Civil Veterinary Dept. Bombay admin report 1923-31 - 1923-1931
Year: 1923
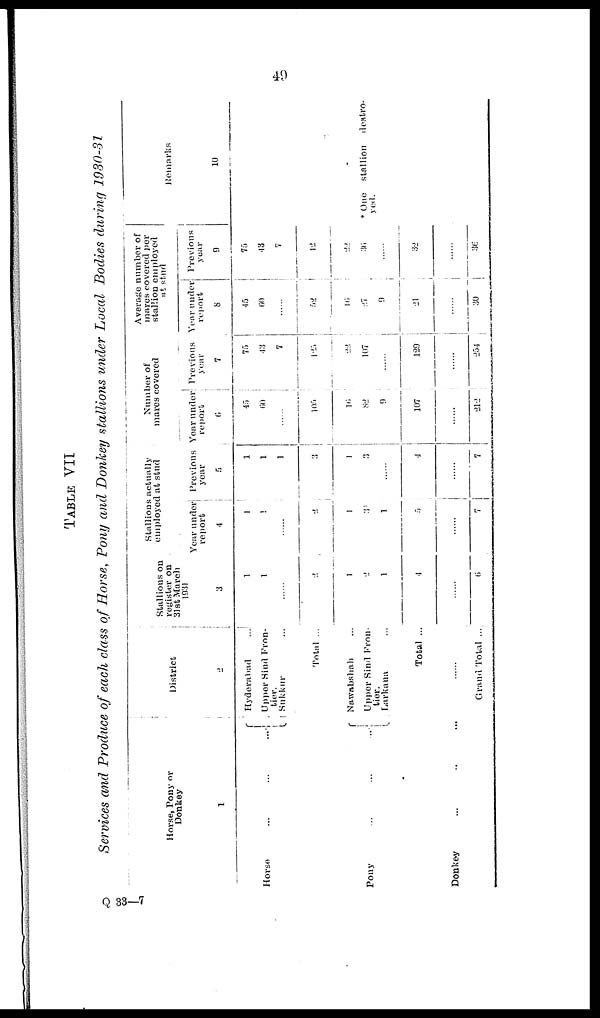
49
TABLE VII
Services and Produce of each class of Horse, Pony and Donkey stallions under Local Bodies during 1930-31
Horse, Pony or
Donkey
1
Horse...
...
...
Pony...
...
...
Donkey
...
...
...
District
2
Hyderabad
...
Upper Sind Fron-
tier.
Sukkur ...
Total ...
Nawabshah ...
Upper Sind Fron-
tier.
Larkana ...
Total ...
......
Grand Total ...
Stallions on
register on
31st March
1931
3
1
1
......
2
1
2
1
4
......
6
Stallions actually
employed at stud
Year under
report
4
1
1
......
2
1
3
1
5
......
7
Previous
year
5
1
1
1
3
1
3
.......
4
.......
7
Number of
mares covered
Year under
report
6
45
60
.......
105
16
82
9
107
......
212
Previous
year
7
75
43
7
125
22
107
......
129
......
254
Average number of
mares covered per
stallion employed
at stud
Year under
report
8
45
60
......
52
16
......
9
21
......
30
Previous
year
9
70
43
7
12
22
36
32
......
36
Remarks
10
* Oneyed.stalliondestro-
yed.
Q 33—7